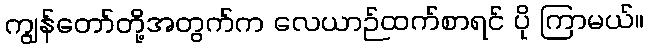
ကျွန်တော်တို့အတွက်က လေယာဉ်ထက်စာရင် ပို ကြာမယ်။